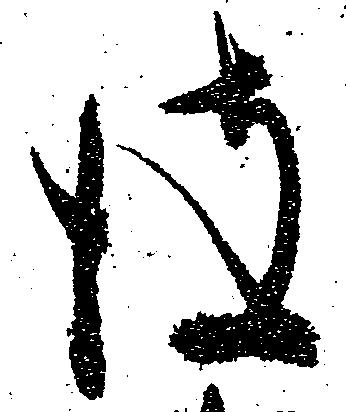
彼